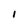
Character: 1